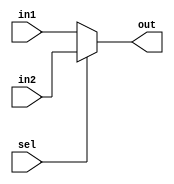
module mux2to1(out,sel,in1,in2);
	input in1, in2, sel;
	output out;

	assign out = sel ? in2 : in1;
endmodule


module testbench;
	reg a,b,s;
	wire f;
	mux2to1 m1(f, s, a, b);
	initial
		begin

			$dumpfile("testbench.vcd");
			$dumpvars(0, testbench);
			$monitor(,$time," a=%b, b=%b, s=%b f=%b",a,b,s,f);
			#0 a=1'b0;b=1'b1;
			#2 s=1'b1;
			#5 s=1'b0;
			#10 a=1'b1;b=1'b0;
			#15 s=1'b1;
			#20 s=1'b0;
			#100 $finish;
			
		end
endmodule